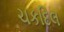
ચકદિલ